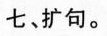
七、扩句。